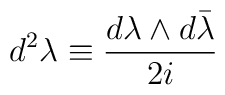
d^{2}\lambda\equiv\frac{d\lambda\wedge d\bar{\lambda}}{2i}